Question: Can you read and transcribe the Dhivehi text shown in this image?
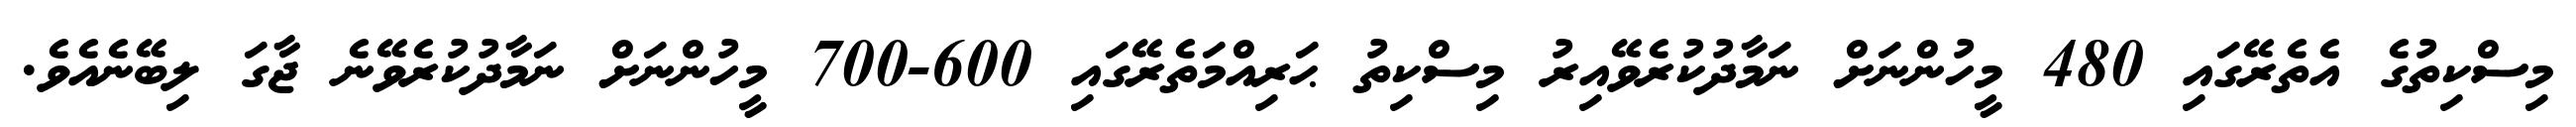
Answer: މިސްކިތުގެ އެތެރޭގައި 480 މީހުންނަށް ނަމާދުކުރެވޭއިރު މިސްކިތު ޙަރިއްމަތެރޭގައި 600-700 މީހުންނަށް ނަމާދުކުރެވޭނެ ޖާގަ ލިބޭނެއެވެ.